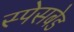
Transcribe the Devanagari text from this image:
स्पेसबेड